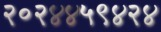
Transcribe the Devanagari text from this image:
२०२४४५९४२४